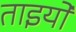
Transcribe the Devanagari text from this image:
ताइयो